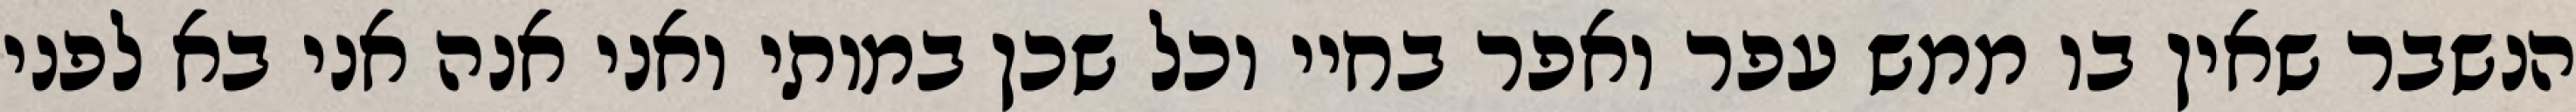
הנשבר שאין בו ממש עפר ואפר בחיי וכל שכן במותי ואני אנה אני בא לפני